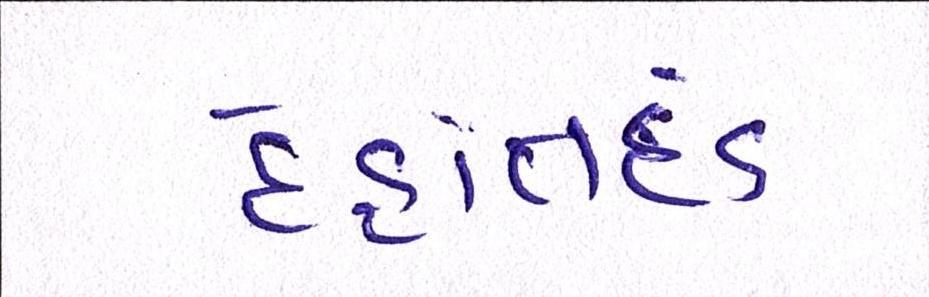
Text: દેહાંતદંડ